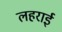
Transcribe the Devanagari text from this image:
लहराई